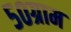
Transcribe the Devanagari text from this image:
५०ग्राम